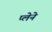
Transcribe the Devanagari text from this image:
प्लेने